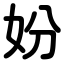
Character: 妢